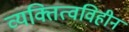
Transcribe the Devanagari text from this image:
व्यक्तित्वविहीन